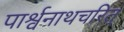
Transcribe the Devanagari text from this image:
पार्श्वनाथचरित्